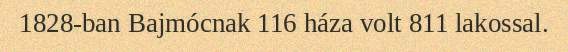
1828-ban Bajmócnak 116 háza volt 811 lakossal.